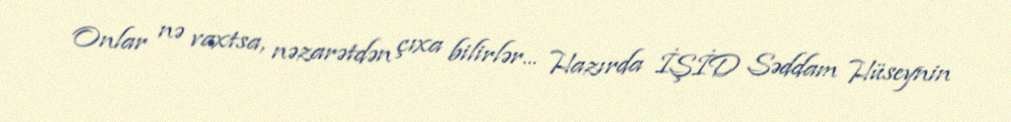
Onlar nə vaxtsa, nəzarətdən çıxa bilirlər... Hazırda İŞİD Səddam Hüseynin